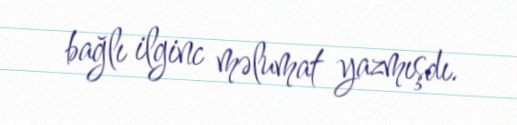
bağlı ilginc məlumat yazmışdı.